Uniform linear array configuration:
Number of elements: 8
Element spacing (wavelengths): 0.5
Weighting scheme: exponential
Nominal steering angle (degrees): -45
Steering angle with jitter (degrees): -45.962
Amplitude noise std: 0.05
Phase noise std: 0.05

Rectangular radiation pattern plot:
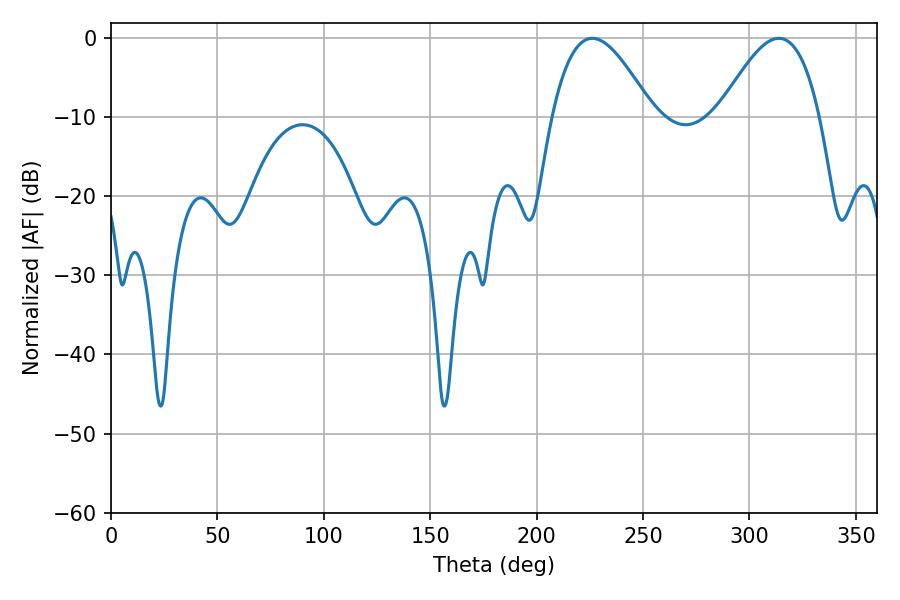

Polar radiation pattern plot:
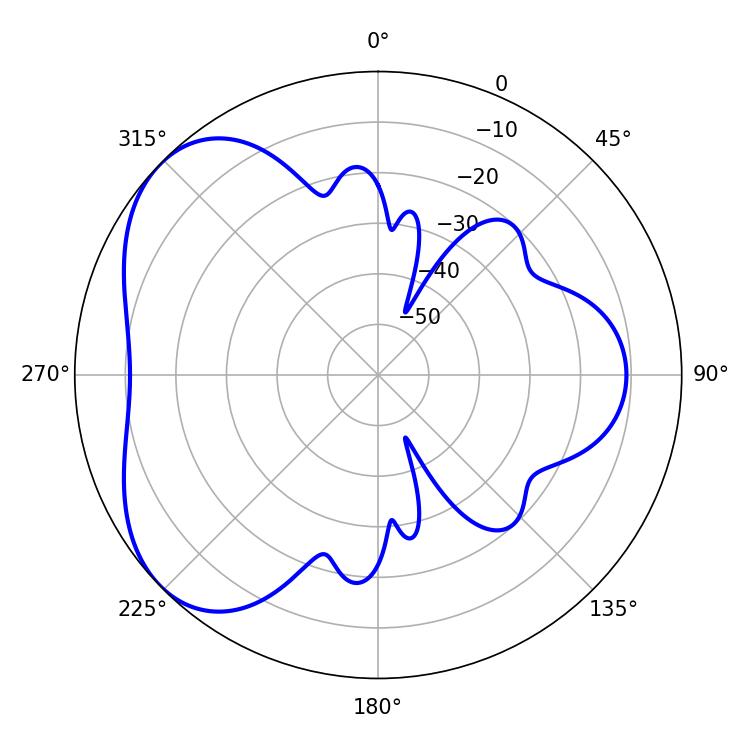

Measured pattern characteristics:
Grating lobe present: FALSE
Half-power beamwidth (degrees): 25.56
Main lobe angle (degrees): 313.74